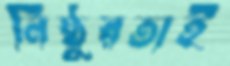
নিষ্ঠুরতাই